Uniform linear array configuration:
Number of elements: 16
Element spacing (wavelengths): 0.5
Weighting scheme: binomial
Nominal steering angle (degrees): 45
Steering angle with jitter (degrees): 43.581
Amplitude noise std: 0.05
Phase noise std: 0.05

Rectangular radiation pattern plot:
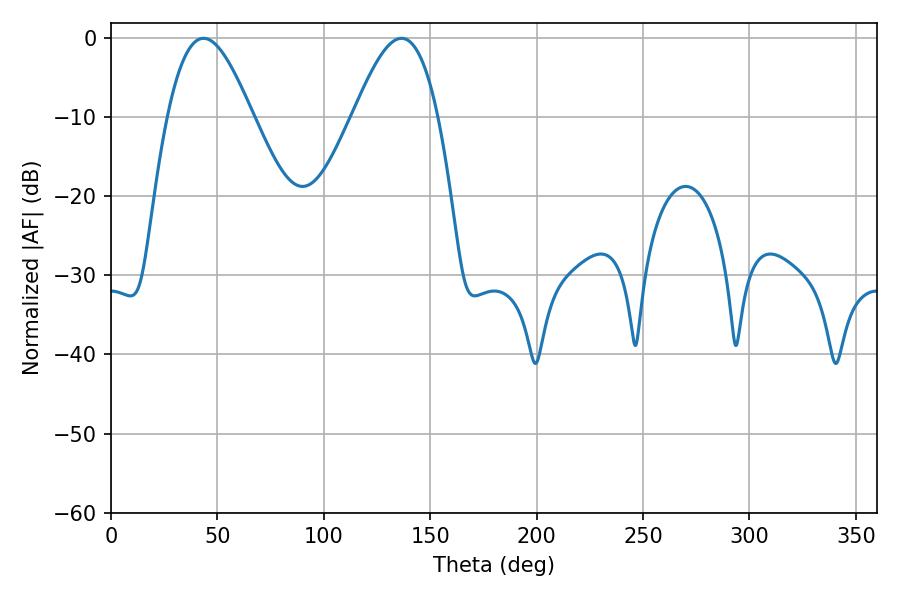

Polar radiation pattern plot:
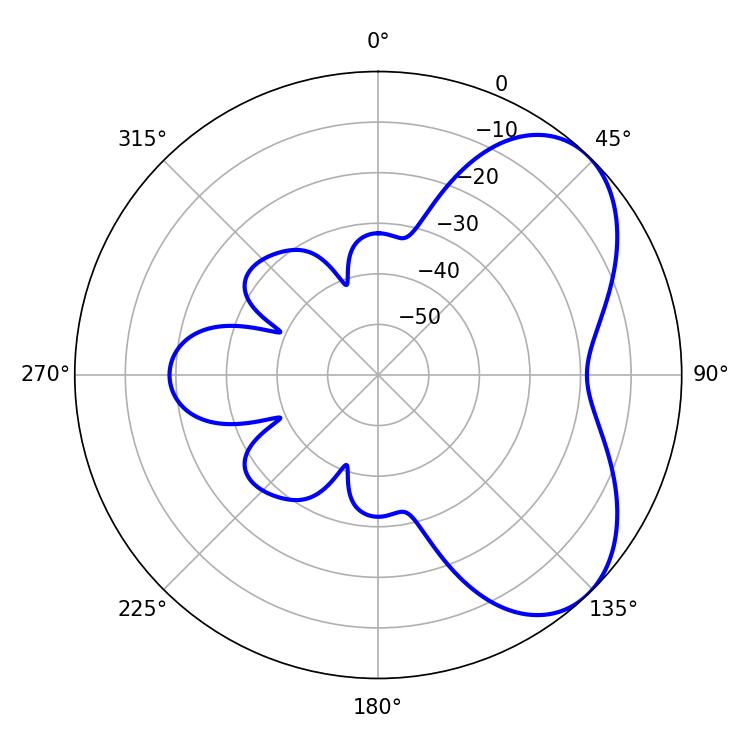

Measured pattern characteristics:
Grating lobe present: FALSE
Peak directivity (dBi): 5.38
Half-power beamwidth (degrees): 21.42
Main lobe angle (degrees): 43.56